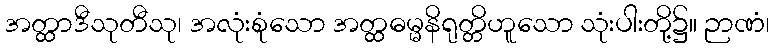
အတ္ထာဒီသုတီသု၊ အလုံးစုံသော အတ္ထဓမ္မနိရုတ္တိဟူသော သုံးပါးတို့၌။ ဉာဏံ၊